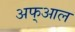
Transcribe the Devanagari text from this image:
अफ्आल